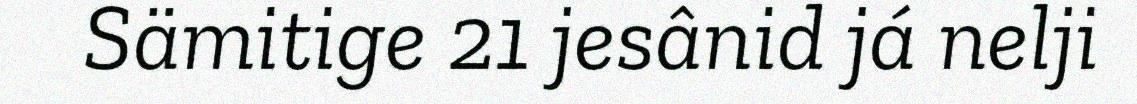
Sämitige 21 jesânid já nelji